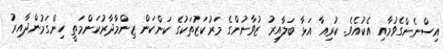
އިސްނެންގެވުމާއި އެކުއެވެ. ކުރިއާ އަޅާ ބަލާއިރު ޒުވާނުންގެ މަރުކަޒުތަކުގެ ކަންކަން ޒިންމާދާރުކަންމަތީ ހިންގަމުންދާއިރު